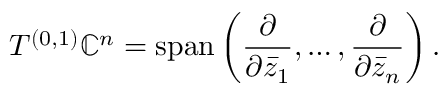
T ^ { ( 0 , 1 ) } \mathbb { C } ^ { n } = \operatorname { s p a n } \left( { \frac { \partial } { \partial { \bar { z } } _ { 1 } } } , \dots , { \frac { \partial } { \partial { \bar { z } } _ { n } } } \right) .